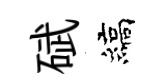
碔縞